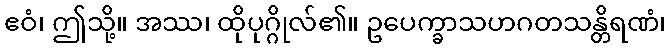
ဧဝံ၊ ဤသို့။ အဿ၊ ထိုပုဂ္ဂိုလ်၏။ ဥပေက္ခာသဟဂတသန္တိရဏံ၊